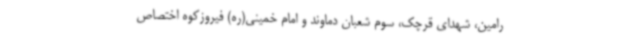
رامین، شهدای قرچک، سوم شعبان دماوند و امام خمینی(ره) فیروزکوه اختصاص